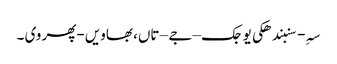
سہِ-سنبندھکی یوجک – جے – تاں، بھاویں -پھر وی ۔